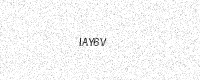
Text: IAY6V